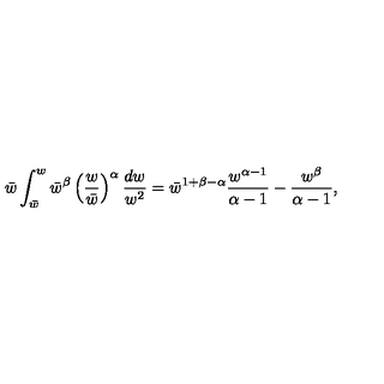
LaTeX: \bar { w } \int _ { \bar { w } } ^ { w } \bar { w } ^ { \beta } \left( { \frac { w } { \bar { w } } } \right) ^ { \alpha } { \frac { d w } { w ^ { 2 } } } = \bar { w } ^ { 1 + \beta - \alpha } { \frac { w ^ { \alpha - 1 } } { \alpha - 1 } } - { \frac { w ^ { \beta } } { \alpha - 1 } } ,